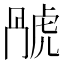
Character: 𬟬